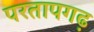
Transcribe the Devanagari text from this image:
परतापगढ़